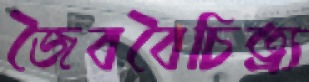
জৈববৈচিত্র্য